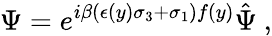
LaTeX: \Psi=e^{i\beta(\epsilon(y)\sigma_{3}+\sigma_{1})f(y)}\hat{\Psi}\ ,